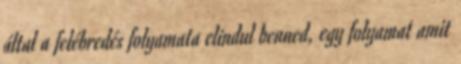
által a felébredés folyamata elindul benned, egy folyamat amit